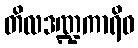
တိလဒဏ္ဍကာရိဝ